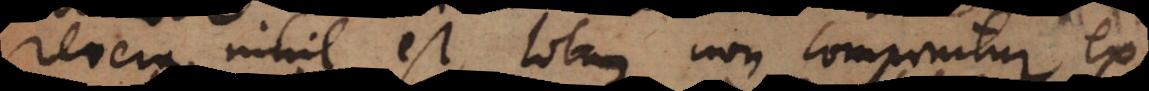
revera nihil est, totum non componitur ex